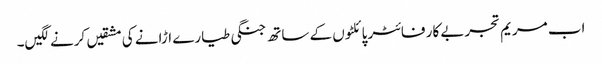
اب مریم تجربے کار فائٹر پائلٹوں کے ساتھ جنگی طیارے اڑانے کی مشقیں کرنے لگیں۔